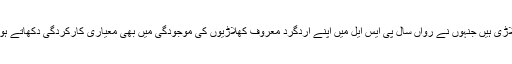
حیدر علی مستقبل کے کھلاڑی ہیں جنہوں نے رواں سال پی ایس ایل میں اپنے اردگرد معروف کھلاڑیوں کی موجودگی میں بھی معیاری کارکردگی دکھاتے ہوئے توقعات پوری کی ہیں۔